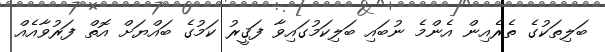
ބަލިތަކުގެ ތެރެއިން އެންމެ ނުބައި ބަލިކަމުގައިވާ ފަޤީރު ކަމުގެ ބައްޔަށް އޮތް ފަރުވާއެއް